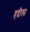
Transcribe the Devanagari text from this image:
हद्दीला